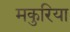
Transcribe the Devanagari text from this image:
मकुरिया